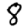
Digit: 8